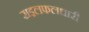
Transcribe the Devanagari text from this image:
राइलफलधारी